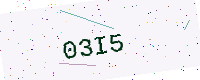
Text: 03I5